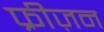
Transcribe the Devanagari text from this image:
फ्रीज़न